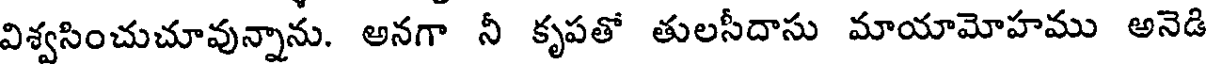
విశ్వసించుచూవున్నాను. అనగా నీ కృపతో తులసీదాసు మాయామోహము అనెడి